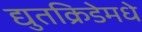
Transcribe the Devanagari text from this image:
द्युतक्रिडेमधे